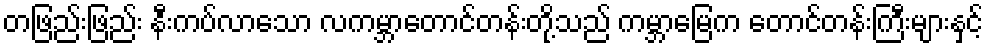
တဖြည်းဖြည်း နီးကပ်လာသော လကမ္ဘာတောင်တန်းတို့သည် ကမ္ဘာမြေက တောင်တန်းကြီးများနှင့်